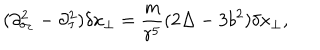
( \partial _ { \sigma _ { c } } ^ { 2 } - \partial _ { \tau } ^ { 2 } ) \delta x _ { \perp } = \frac { m } { r ^ { 5 } } ( 2 \Delta - 3 b ^ { 2 } ) \delta x _ { \perp } ,